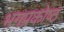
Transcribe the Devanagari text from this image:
भगप्रकोष्ठ